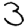
Digit: 3